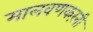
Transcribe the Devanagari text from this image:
मालवणकरंनी